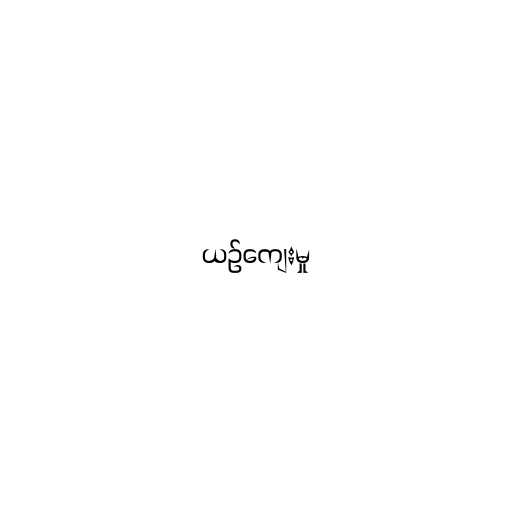
ယဉ်ကျေးမှု